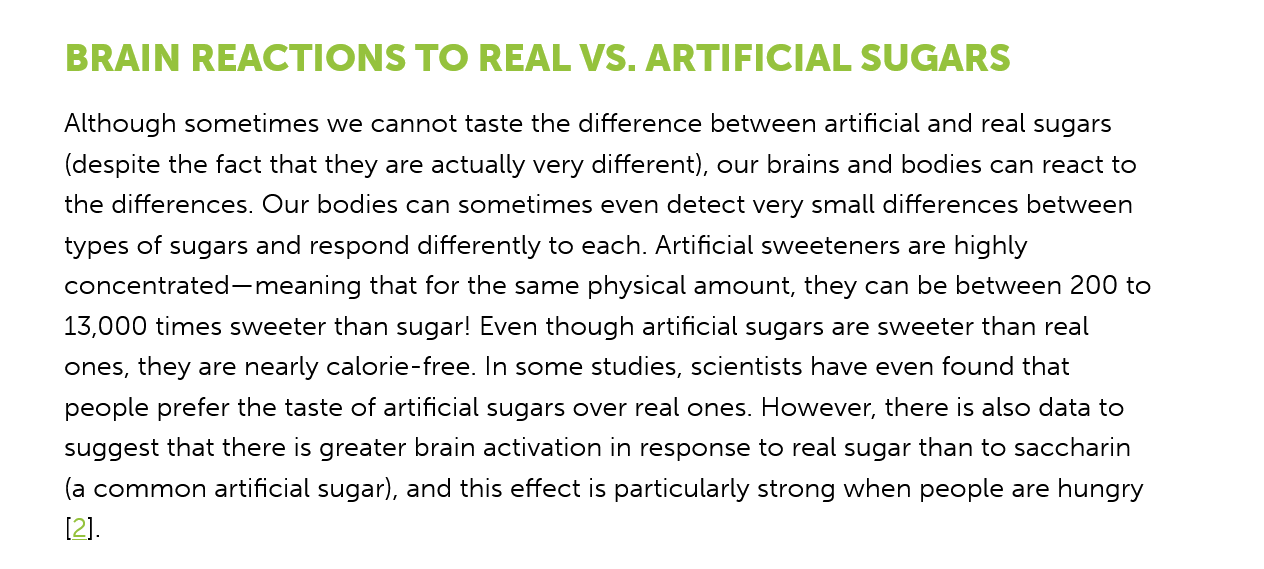
BRAIN    REACTIONS    TO    REAL VS.    ARTIFICIAL    SUGARS
     Although sometimes we cannot taste the difference between artificial and real sugars
     (despite the fact that they are actually very different), our brains and bodies can react to
     the differences. Our bodies can sometimes even detect very small differences between
     types of sugars and respond differently to each. Artificial sweeteners are highly
     concentrated—meaning  that for the same physical amount, they can be between 200 to
     13,000 times sweeter than sugar! Even though artificial sugars are sweeter than real
     ones, they are nearly calorie-free. In some studies, scientists have even found that
     people prefer the taste of artificial sugars over real ones. However, there is also data to
     suggest that there is greater brain activation in response to real sugar than to saccharin
     (a common artificial sugar), and this effect is particularly strong when people are hungry
     (2].